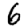
Digit: 6